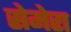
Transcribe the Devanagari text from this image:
सेमेरा